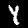
Label: 4